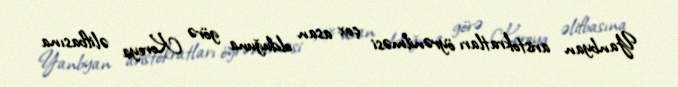
Yanbyan aristokratları öyrənilməsi çox asan olduğuna görə Koreya əlifbasına